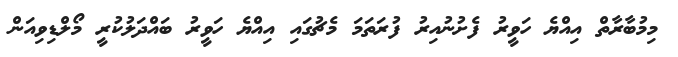
މިމުބާރާތް އިއްޔެ ހަވީރު ފެށުނުއިރު ފުރަތަމަ މެޗުގައި އިއްޔެ ހަވީރު ބައްދަލުކުރީ މޯލްޑިވިއަން